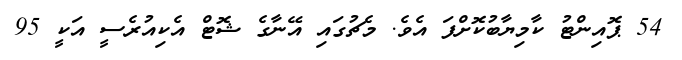
54 ޕޮއިންޓު ކާމިޔާބުކޮށްފަ އެވެ. މެޗުގައި އޭނާގެ ޝޮޓް އެކިއުރެސީ އަކީ 95